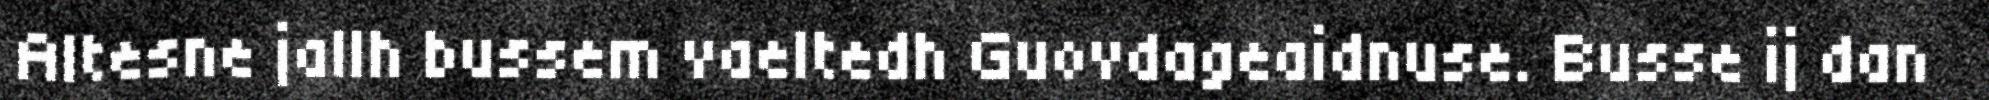
Altesne jallh bussem vaeltedh Guovdageaidnuse. Busse ij dan